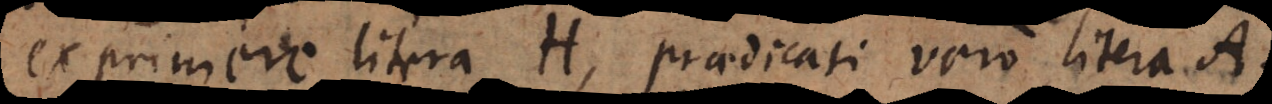
exprimere litera H, praedicati vero litera A.